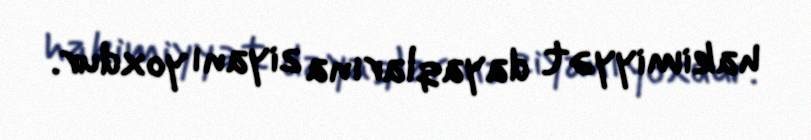
hakimiyyət dayaqlarına ziyanı yoxdur.